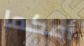
أمكما